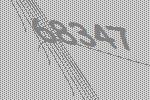
68347